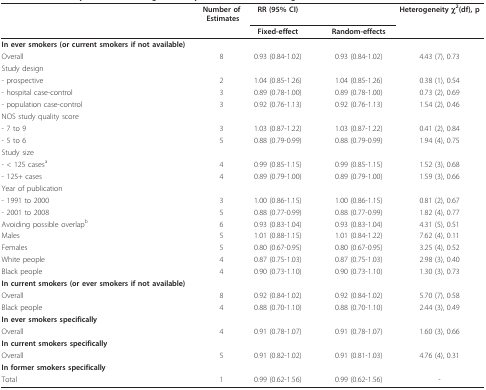
<table><thead><tr><td></td><td><b>Number of Estimates </b></td><td><b>RR (95% CI)</b></td><td></td><td></td><td><b>Heterogeneity χ<sup>2</sup>(df), p</b></td></tr><tr><td></td><td></td><td><b>Fixed-effect</b></td><td></td><td><b>Random-effects</b></td><td></td></tr></thead><tbody><tr><td><b>In ever smokers (or current smokers if not available)</b></td><td></td><td></td><td></td><td></td><td></td></tr><tr><td>Overall</td><td>8</td><td>0.93 (0.84-1.02)</td><td></td><td>0.93 (0.84-1.02)</td><td>4.43 (7), 0.73</td></tr><tr><td>Study design</td><td></td><td></td><td></td><td></td><td></td></tr><tr><td>- prospective</td><td>2</td><td>1.04 (0.85-1.26)</td><td></td><td>1.04 (0.85-1.26)</td><td>0.38 (1), 0.54</td></tr><tr><td>- hospital case-control</td><td>3</td><td>0.89 (0.78-1.00)</td><td></td><td>0.89 (0.78-1.00)</td><td>0.73 (2), 0.69</td></tr><tr><td>- population case-control</td><td>3</td><td>0.92 (0.76-1.13)</td><td></td><td>0.92 (0.76-1.13)</td><td>1.54 (2), 0.46</td></tr><tr><td>NOS study quality score</td><td></td><td></td><td></td><td></td><td></td></tr><tr><td>- 7 to 9</td><td>3</td><td>1.03 (0.87-1.22)</td><td></td><td>1.03 (0.87-1.22)</td><td>0.41 (2), 0.84</td></tr><tr><td>- 5 to 6</td><td>5</td><td>0.88 (0.79-0.99)</td><td></td><td>0.88 (0.79-0.99)</td><td>1.94 (4), 0.75</td></tr><tr><td>Study size</td><td></td><td></td><td></td><td></td><td></td></tr><tr><td>- &lt; 125 cases<sup>a</sup></td><td>4</td><td>0.99 (0.85-1.15)</td><td></td><td>0.99 (0.85-1.15)</td><td>1.52 (3), 0.68</td></tr><tr><td>- 125+ cases</td><td>4</td><td>0.89 (0.79-1.00)</td><td></td><td>0.89 (0.79-1.00)</td><td>1.59 (3), 0.66</td></tr><tr><td>Year of publication</td><td></td><td></td><td></td><td></td><td></td></tr><tr><td>- 1991 to 2000</td><td>3</td><td>1.00 (0.86-1.15)</td><td></td><td>1.00 (0.86-1.15)</td><td>0.81 (2), 0.67</td></tr><tr><td>- 2001 to 2008</td><td>5</td><td>0.88 (0.77-0.99)</td><td></td><td>0.88 (0.77-0.99)</td><td>1.82 (4), 0.77</td></tr><tr><td>Avoiding possible overlap<sup>b</sup></td><td>6</td><td>0.93 (0.83-1.04)</td><td></td><td>0.93 (0.83-1.04)</td><td>4.31 (5), 0.51</td></tr><tr><td>Males</td><td>5</td><td>1.01 (0.88-1.15)</td><td></td><td>1.01 (0.84-1.22)</td><td>7.62 (4), 0.11</td></tr><tr><td>Females</td><td>5</td><td>0.80 (0.67-0.95)</td><td></td><td>0.80 (0.67-0.95)</td><td>3.25 (4), 0.52</td></tr><tr><td>White people</td><td>4</td><td>0.87 (0.75-1.03)</td><td></td><td>0.87 (0.75-1.03)</td><td>2.98 (3), 0.40</td></tr><tr><td>Black people</td><td>4</td><td>0.90 (0.73-1.10)</td><td></td><td>0.90 (0.73-1.10)</td><td>1.30 (3), 0.73</td></tr><tr><td><b>In current smokers (or ever smokers if not available)</b></td><td></td><td></td><td></td><td></td><td></td></tr><tr><td>Overall</td><td>8</td><td>0.92 (0.84-1.02)</td><td></td><td>0.92 (0.84-1.02)</td><td>5.70 (7), 0.58</td></tr><tr><td>Black people</td><td>4</td><td>0.88 (0.70-1.10)</td><td></td><td>0.88 (0.70-1.10)</td><td>2.44 (3), 0.49</td></tr><tr><td><b>In ever smokers specifically</b></td><td></td><td></td><td></td><td></td><td></td></tr><tr><td>Overall</td><td>4</td><td>0.91 (0.78-1.07)</td><td></td><td>0.91 (0.78-1.07)</td><td>1.60 (3), 0.66</td></tr><tr><td><b>In current smokers specifically</b></td><td></td><td></td><td></td><td></td><td></td></tr><tr><td>Overall</td><td>5</td><td>0.91 (0.82-1.02)</td><td></td><td>0.91 (0.81-1.03)</td><td>4.76 (4), 0.31</td></tr><tr><td><b>In former smokers specifically</b></td><td></td><td></td><td></td><td></td><td></td></tr><tr><td>Total</td><td>1</td><td>0.99 (0.62-1.56)</td><td></td><td>0.99 (0.62-1.56)</td><td>-</td></tr></tbody></table>